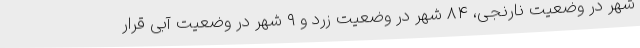
شهر در وضعیت نارنجی، ۸۴ شهر در وضعیت زرد و ۹ شهر در وضعیت آبی قرار